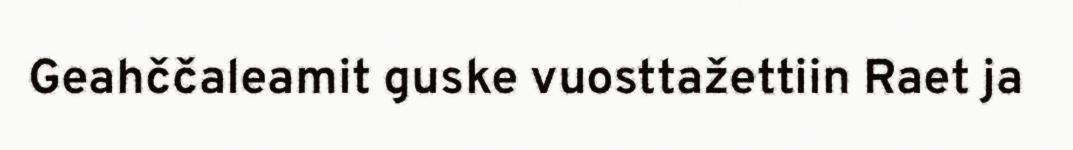
Geahččaleamit guske vuosttažettiin Raet ja